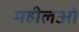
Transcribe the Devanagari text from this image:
महीलओ